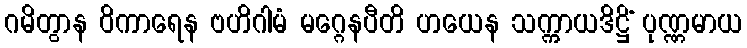
ဂမိတွာန ဝိကာရေန ဗဟိဂါမံ မဂ္ဂေနပီတိ ဟယေန သက္ကာယဒိဋ္ဌိံ ပုဏ္ဏမာယ